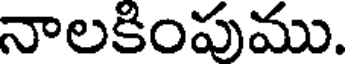
నాలకింపుము.